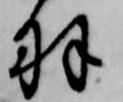
羽